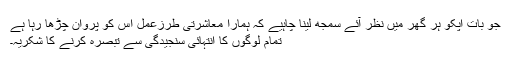
جو بات اپکو ہر گھر میں نظر آئے سمجھ لینا چاہیے کہ ہمارا معاشرتی طرزعمل اس کو پروان چڑھا رہا ہے
تمام لوگوں‌ کا انتہائی سنجیدگی سے تبصرہ کرنے کا شکریہ۔